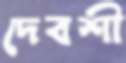
দেবশী